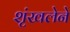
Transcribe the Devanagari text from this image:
शृंखलेने